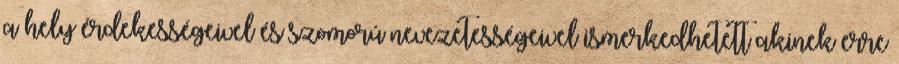
a hely érdekességeivel és szomorú nevezetességeivel ismerkedhetett akinek erre